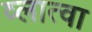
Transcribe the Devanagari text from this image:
व्लात्वा